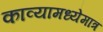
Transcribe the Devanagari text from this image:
काव्यामध्येमात्र